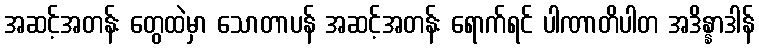
အဆင့်အတန်း တွေထဲမှာ သောတာပန် အဆင့်အတန်း ရောက်ရင် ပါဏာတိပါတ အဒိန္နာဒါန်